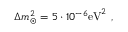
\Delta m _ { \odot } ^ { 2 } = 5 \cdot 1 0 ^ { - 6 } \mathrm { e V } ^ { 2 } ~ , ~ ~ ~